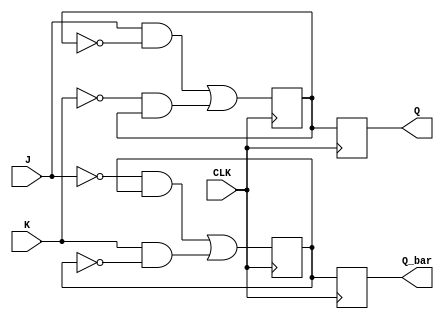
module JK_FF (
    input J, input K, input CLK,
    output reg Q, output reg Q_bar
);

reg Q_temp, Q_bar_temp;

always @(posedge CLK) begin
    // Master stage
    Q_temp <= (J & ~Q_temp) | (~K & Q_temp);
    Q_bar_temp <= (~J & Q_bar_temp) | (K & ~Q_bar_temp);
    
    // Slave stage
    Q <= Q_temp;
    Q_bar <= Q_bar_temp;
end

endmodule